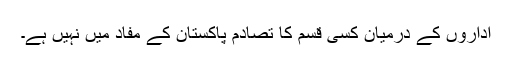
اداروں کے درمیان کسی قسم کا تصادم پاکستان کے مفاد میں نہیں ہے۔